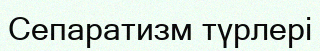
Сепаратизм түрлері